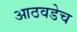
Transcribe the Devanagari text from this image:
आठवडेच